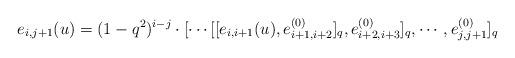
LaTeX: \begin{align*} e_{i,j+1}(u)=(1-q^2)^{i-j}\cdot [\cdots[[e_{i,i+1}(u),e^{(0)}_{i+1,i+2}]_{q},e^{(0)}_{i+2,i+3}]_{q},\cdots,e^{(0)}_{j,j+1}]_{q}\end{align*}